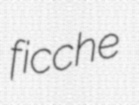
ficche